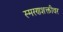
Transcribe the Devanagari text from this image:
स्मरणशक्तीवर